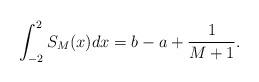
LaTeX: \begin{align*}\int_{-2}^{2} S_{M} (x) dx = b-a + \frac{1}{M+1}.\end{align*}